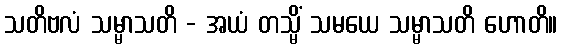
သတိဗလံ သမ္မာသတိ - အယံ တသ္မိံ သမယေ သမ္မာသတိ ဟောတိ။